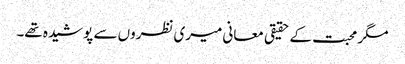
مگر محبت کے حقیقی معانی میری نظروں سے پوشیدہ تھے۔